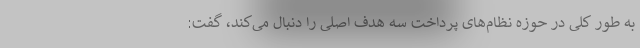
به طور کلی در حوزه نظام‌های پرداخت سه هدف اصلی را دنبال می‌کند، گفت: